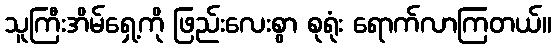
သူကြီးအိမ်ရှေ့ကို ဖြည်းလေးစွာ စုရုံး ရောက်လာကြတယ်။